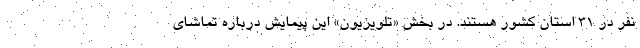
نفر در ۳۱ استان کشور هستند. در بخش «تلویزیون» این پیمایش درباره تماشای